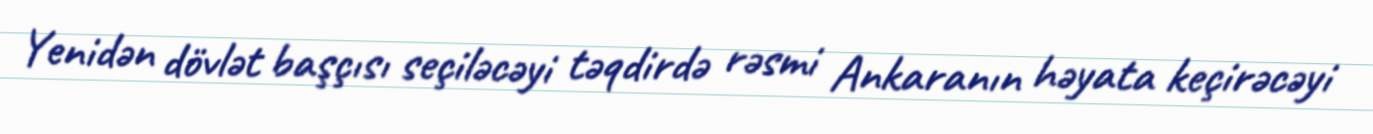
Yenidən dövlət başçısı seçiləcəyi təqdirdə rəsmi Ankaranın həyata keçirəcəyi